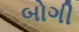
બોગી